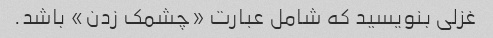
غزلی بنویسید که شامل عبارت «چشمک زدن» باشد.